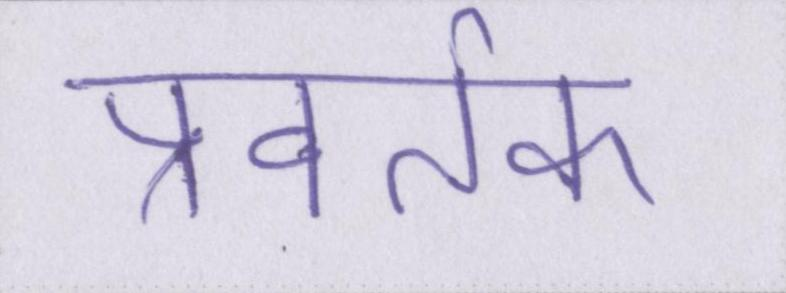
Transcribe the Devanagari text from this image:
प्रवर्तक